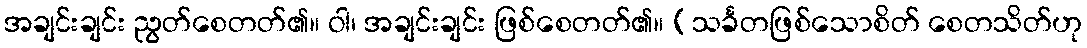
အချင်းချင်း ညွတ်စေတတ်၏။ ဝါ၊ အချင်းချင်း ဖြစ်စေတတ်၏။ (သင်္ခတဖြစ်သောစိတ် စေတသိတ်ဟု